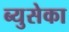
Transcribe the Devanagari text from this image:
ब्युसेका